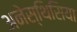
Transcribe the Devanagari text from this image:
अनेस्थिसिया